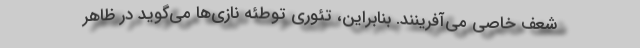
شعف خاصی می‌آفرینند. بنابراین، تئوری توطئه نازی‌ها می‌گوید در ظاهر